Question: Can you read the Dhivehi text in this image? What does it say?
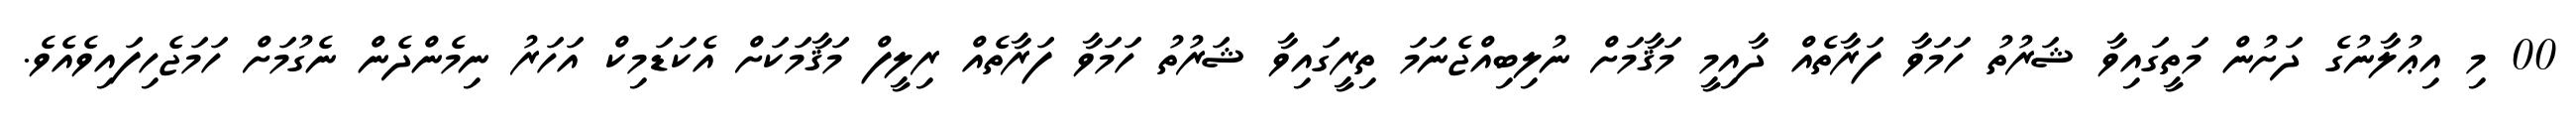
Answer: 00 މި އިޢުލާނުގެ ދަށުން މަތީގައިވާ ޝަރުތު ހަމަވާ ފަރާތެއް ދާއިމީ މަޤާމަށް ނުލިބިއްޖެނަމަ ތިރީގައިވާ ޝަރުތު ހަމަވާ ފަރާތެއް ރިލީފް މަޤާމަކަށް އެކަޑަމިކް އަހަރު ނިމެންދެން ނެގުމަށް ހަމަޖެހިފައިވެއެވެ.